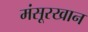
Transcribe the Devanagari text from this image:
मंसूरखान